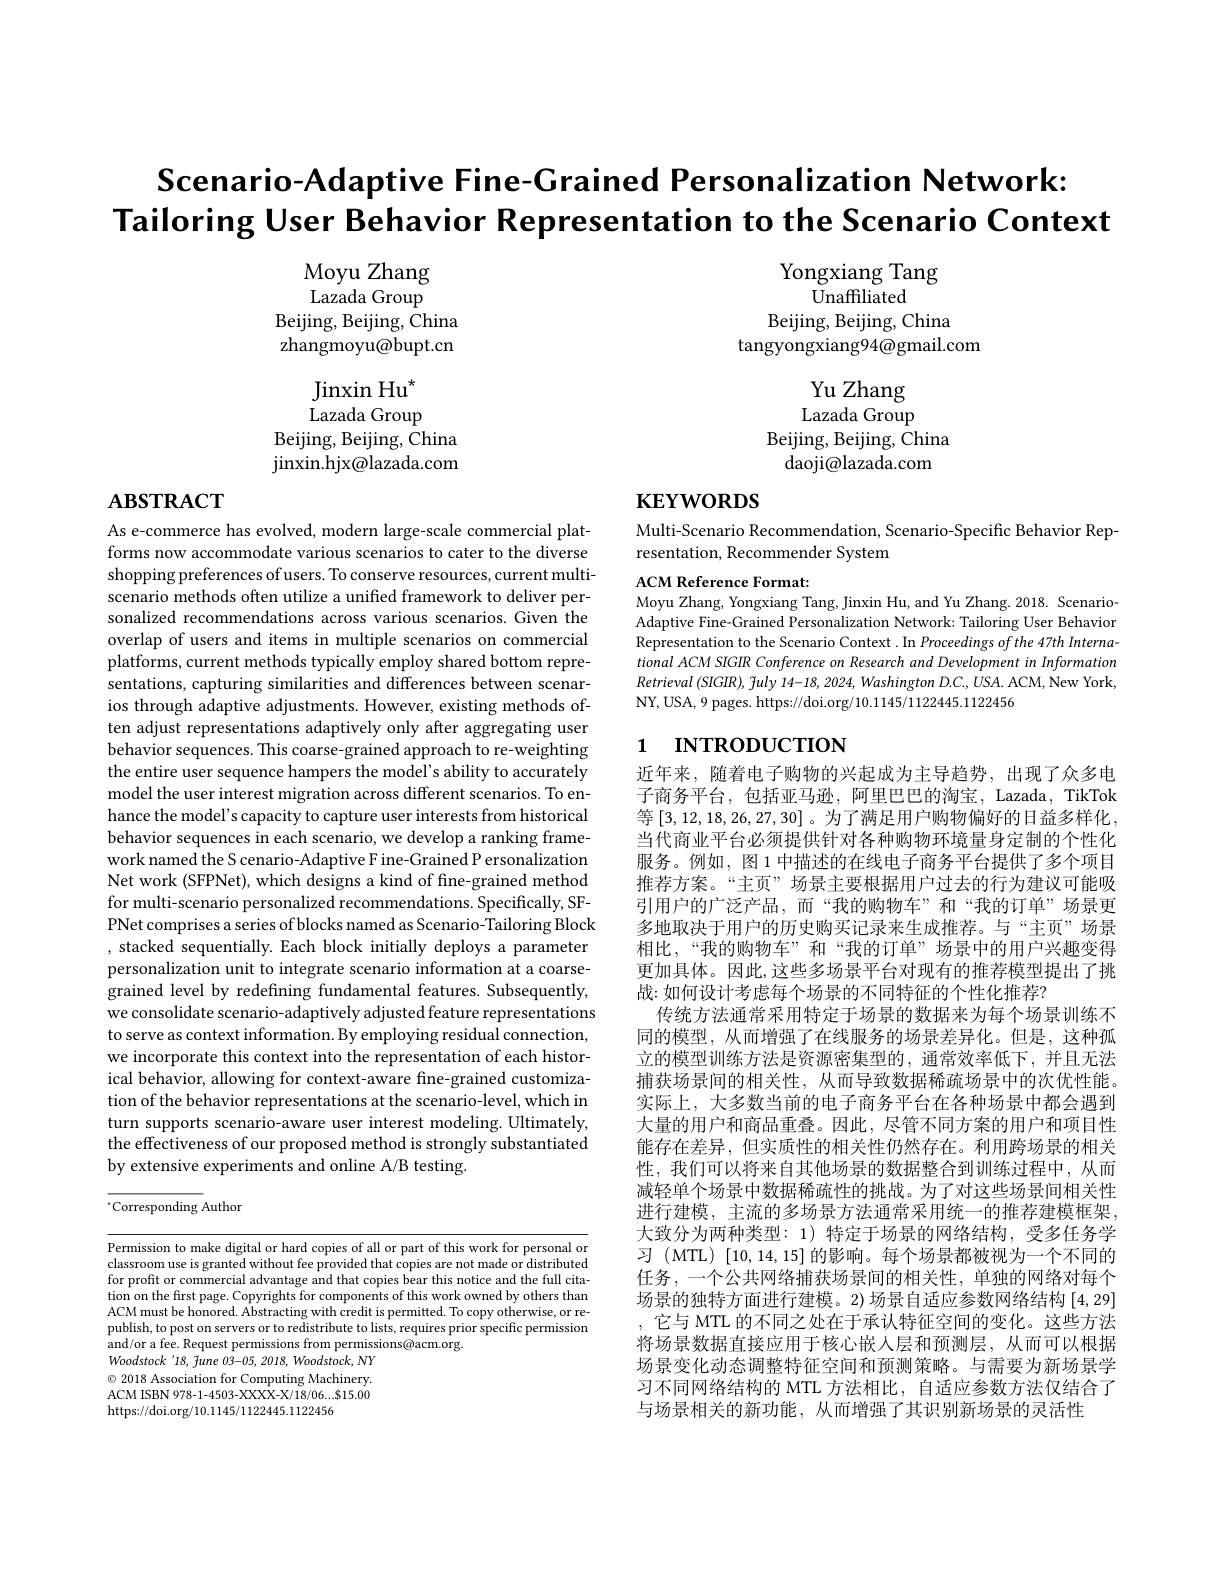
$\textbf{Scenario- Adaptive Fine- Grained Personalization Network: }$
Tailoring User Behavior Representation to the Scenario Context

Moyu Zhang Lazada Group
Beijing, Beijing, China zhangmoyu@bupt.cn

Yongxiang Tang
$\bar{\text{Unaffiliated}}$
Beijing, Beijing, China
tangyongxiang94@gmail.com

Yu Zhang Lazada Group
Beijing, Beijing, $\bar{\text{China}}$
daoji@lazada.com

Jinxin H$u^{\star }$ ${\mathrm{Lazada~Group}}$
Beijing, Beijing, $\bar{\text{China}}$ jinxin. hjx@ lazada. com

# $\mathbf{ABSTRACT}$

# $\mathbf{KEYWORDS}$

Multi-Scenario Recommendation, Scenario-Specific Behavior Rep-
resentation, Recommender System

ACM Reference Format:
Moyu Zhang, Yongxiang Tang, Jinxin Hu, and Yu Zhang. 2018. ScenarioAdaptive Fine-Grained Personalization Network: Tailoring User Behavior Representation to the Scenario Context. In Proceedings of the 47th International ACM SIGIR Conference on Research and Development in Information Retrieval (SIGIR), fuly 14-18, 2024, Washington D.C., USA. ACM, New York, NY, USA, 9 pages. https: / / doi. org/ 10. 1145/ 1122445. 1122456

# 1 INTRODUCTION

As e-commerce has evolved, modern large-scale commercial platforms now accommodate various scenarios to cater to the diverse shopping preferences of users. To conserve resources, current multiscenario methods often utilize a unified framework to deliver personalized recommendations across various scenarios. Given the overlap of users and items in multiple scenarios on commercial platforms, current methods typically employ shared bottom representations, capturing similarities and differences between scenarios through adaptive adjustments. However, existing methods often adjust representations adaptively only after aggregating user behavior sequences. This coarse-grained approach to re-weighting the entire user sequence hampers the model's ability to accurately model the user interest migration across different scenarios. To enhance the model's capacity to capture user interests from historical behavior sequences in each scenario, we develop a ranking framework named the S cenario-Adaptive F ine-Grained P ersonalization Net work (SFPNet), which designs a kind of fine-grained method for multi-scenario personalized recommendations. Specifically, SFPNet comprises a series of blocks named as Scenario-Tailoring Block , stacked sequentially. Each block initially deploys a parameter personalization unit to integrate scenario information at a coarsegrained level by redefining fundamental features. Subsequently, we consolidate scenario-adaptively adjusted feature representations to serve as context information. By employing residual connection, we incorporate this context into the representation of each historical behavior, allowing for context-aware fine-grained customization of the behavior representations at the scenario-level, which in turn supports scenario-aware user interest modeling. Ultimately, the effectiveness of our proposed method is strongly substantiated by extensive experiments and online A/B testing.

近年来，随着电子购物的兴起成为主导趋势，出现了众多电子商务平台，包括亚马逊，阿里巴巴的淘宝，Lazada, TikTok 等[3,12,18,26,27,30]。为了满足用户购物偏好的日益多样化， 当代商业平台必须提供针对各种购物环境量身定制的个性化服务。例如，图 1 中描述的在线电子商务平台提供了多个项目推荐方案。“主页”场景主要根据用户过去的行为建议可能吸引用户的广泛产品，而“我的购物车”和“我的订单”场景更多地取决于用户的历史购买记录来生成推荐。与“主页”场景相比，“我的购物车”和“我的订单”场景中的用户兴趣变得更加具体。因此，这些多场景平台对现有的推荐模型提出了挑战：如何设计考虑每个场景的不同特征的个性化推荐？
传统方法通常采用特定于场景的数据来为每个场景训练不同的模型，从而增强了在线服务的场景差异化。但是，这种孤立的模型训练方法是资源密集型的，通常效率低下，并且无法捕获场景间的相关性，从而导致数据稀疏场景中的次优性能。实际上，大多数当前的电子商务平台在各种场景中都会遇到大量的用户和商品重叠。因此，尽管不同方案的用户和项目性能存在差异，但实质性的相关性仍然存在。利用跨场景的相关性，我们可以将来自其他场景的数据整合到训练过程中，从而减轻单个场景中数据稀疏性的挑战。为了对这些场景间相关性进行建模，主流的多场景方法通常采用统一的推荐建模框架， 大致分为两种类型：1) 特定于场景的网络结构，受多任务学习 (MTL)[10,14,15]的影响。每个场景都被视为一个不同的任务 ,一个公共网络捕获场景间的相关性，单独的网络对每个场景的独特方面进行建模。2) 场景自适应参数网络结构[4,29] ,它与 MTL 的不同之处在于承认特征空间的变化。这些方法将场景数据直接应用于核心嵌人层和预测层，从而可以根据场景变化动态调整特征空间和预测策略。与需要为新场景学习不同网络结构的 MTL 方法相比，自适应参数方法仅结合了与场景相关的新功能，从而增强了其识别新场景的灵活性

$^{*}$Corresponding Author

Permission to make digital or hard copies of all or part of this work for personal or classroom use is granted without fee provided that copies are not made or distributed for profit or commercial advantage and that copies bear this notice and the full citation on the first page. Copyrights for components of this work owned by others than ACM must be honored. Abstracting with credit is permitted. To copy otherwise, or republish, to post on servers or to redistribute to lists, requires prior specific permission and/or a fee. Request permissions from permissions@acm.org.
Woodstock'18, Tune 03-05, 2018, Woodstock, NY $\odot$ 2018 Association for Computing Machinery. ACM ISBN 978-1-4503-XXXX-X/18/06...$15.00 https://doi.org/10.1145/1122445.1122456